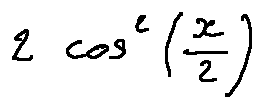
2 \cos ^ { 2 } ( \frac { x } { 2 } )